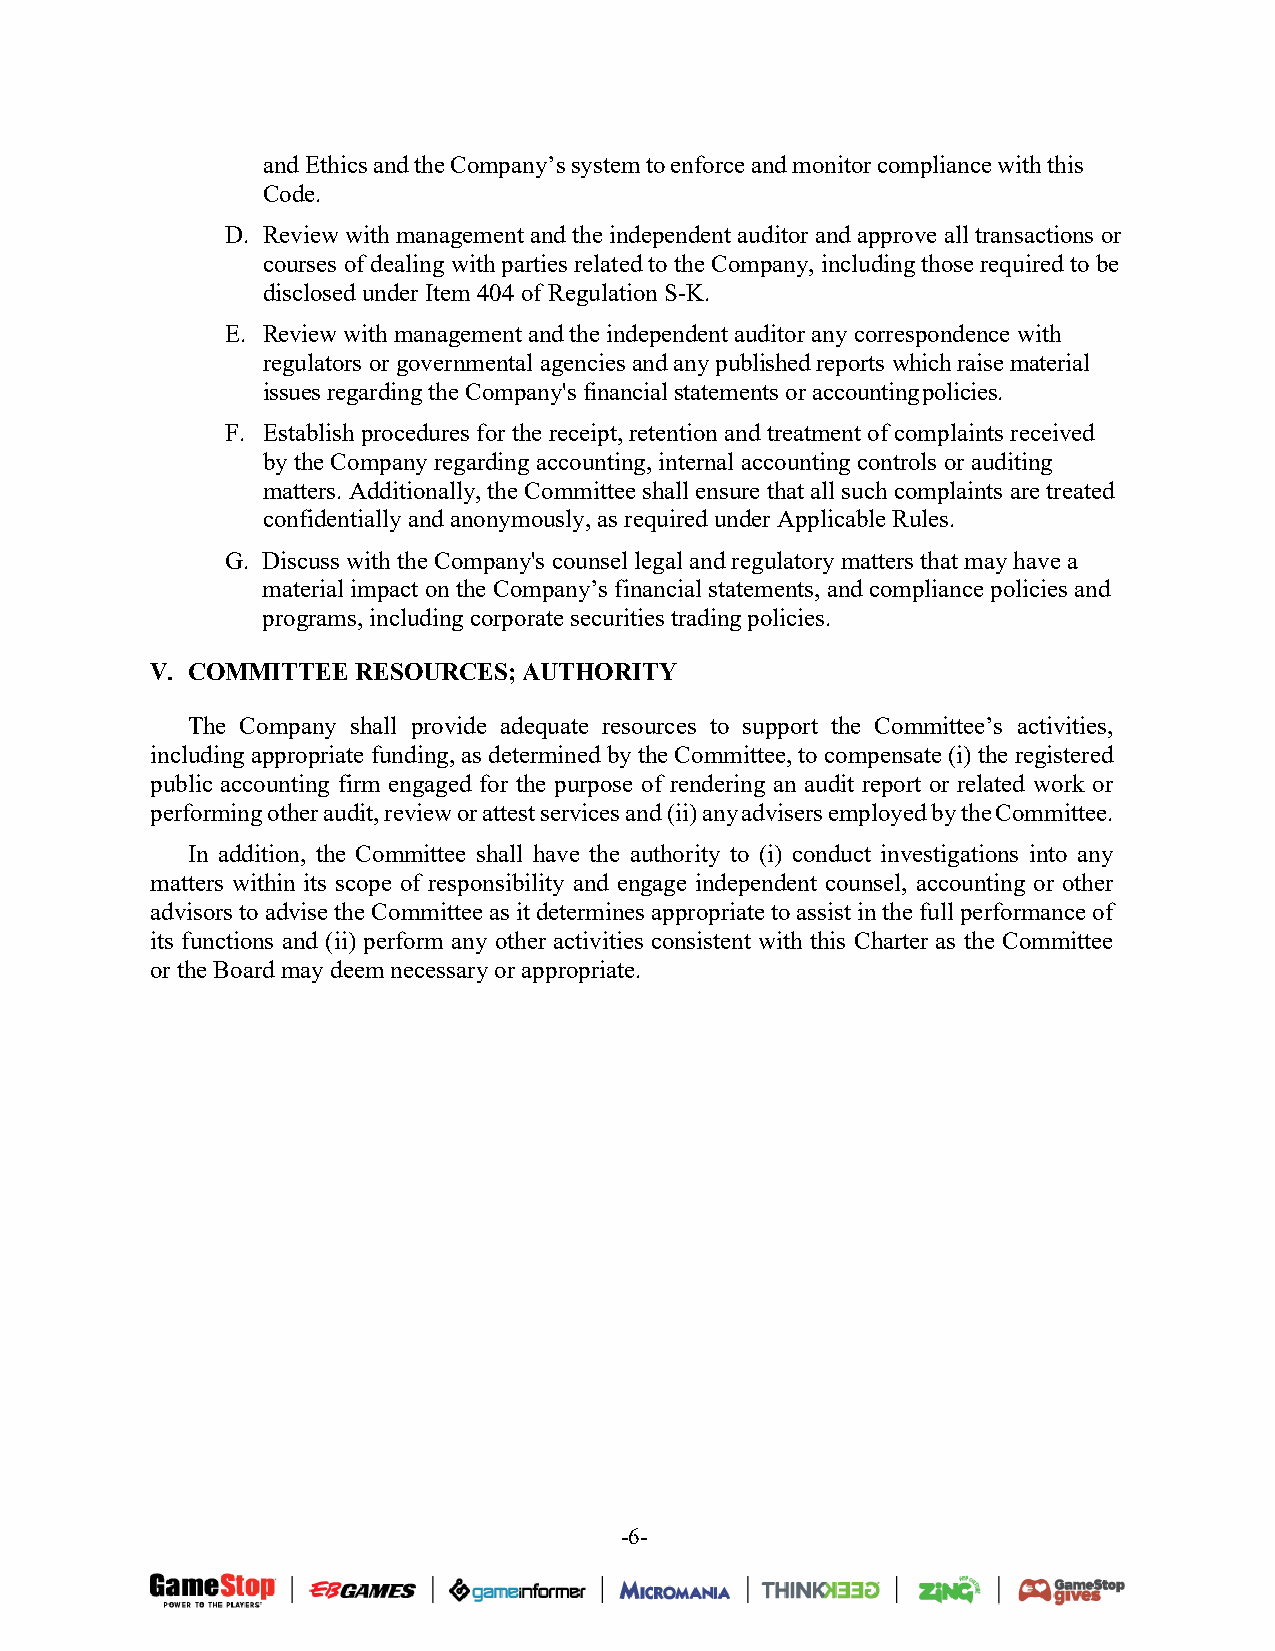
and Ethics and the Company’s system to enforce and monitor compliance with this
 Code.
 D. Review with management and the independent auditor and approve all transactions or
 courses of dealing with parties related to the Company, including those required to be
 disclosed under Item 404 of Regulation S-K.
 E. Review with management and the independent auditor any correspondence with
 regulators or governmental agencies and any published reports which raise material
 issues regarding the Company's financial statements or accounting policies.
 F. Establish procedures for the receipt, retention and treatment of complaints received
 by the Company regarding accounting, internal accounting controls or auditing
 matters. Additionally, the Committee shall ensure that all such complaints are treated
 confidentially and anonymously, as required under Applicable Rules.
 G. Discuss with the Company's counsel legal and regulatory matters that may have a
 material impact on the Company’s financial statements, and compliance policies and
 programs, including corporate securities trading policies.
 V. COMMITTEE  RESOURCES; AUTHORITY
 The Company shall provide adequate resources to support the Committee’s activities,
 including appropriate funding, as determined by the Committee, to compensate (i) the registered
 public accounting firm engaged for the purpose of rendering an audit report or related work or
 performing other audit, review or attest services and (ii) any advisers employed by the Committee.
 In addition, the Committee shall have the authority to (i) conduct investigations into any
 matters within its scope of responsibility and engage independent counsel, accounting or other
 advisors to advise the Committee as it determines appropriate to assist in the full performance of
 its functions and (ii) perform any other activities consistent with this Charter as the Committee
 or the Board may deem necessary or appropriate.
 -6-